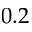
0 . 2